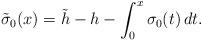
LaTeX: \begin{align*} \tilde \sigma_0(x) = \tilde h - h - \int_0^x \sigma_0(t) \, dt.\end{align*}